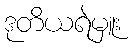
ဒုတိယရဲမှူး